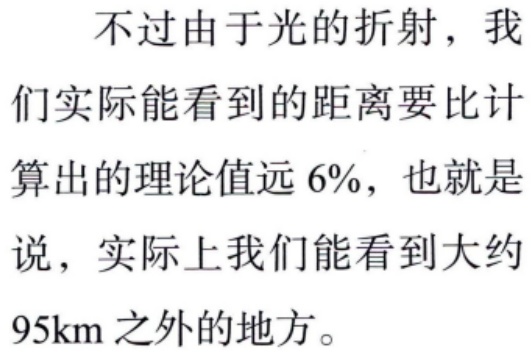
不过由于光的折射，我们实际能看到的距离要比计算出的理论值远 6%，也就是说，实际上我们能看到大约95km 之外的地方。